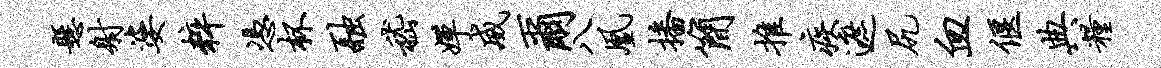
悬射婆粹凭杯融嵇婵威尔八凰播简推疾遮尻血偃典粮